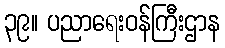
၃၉။ ပညာရေးဝန်ကြီးဌာန